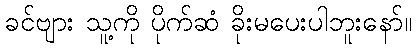
ခင်ဗျား သူ့ကို ပိုက်ဆံ ခိုးမပေးပါဘူးနော်။